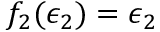
f _ { 2 } ( \epsilon _ { 2 } ) = \epsilon _ { 2 }